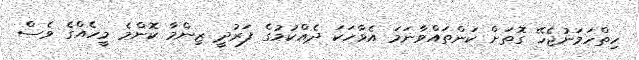
ހިތްހަމަނުޖެހޭ ގޮތަށް ކަންތައްވާނަމަ އެވާހަކަ ދެއްކުމުގެ ފަރުދީ ޒިންމާ ކޮންމެ މީހެއްގެ ވެސް